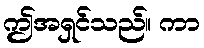
ဤအရှင်သည်။ ကာ